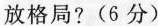
放格局?(6分)